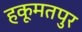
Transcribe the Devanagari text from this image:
हकूमतपुर